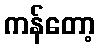
ကန်တော့